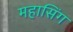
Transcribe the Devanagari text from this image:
महासिंग